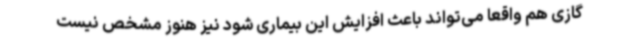
گازی هم واقعاً می‌تواند باعث افزایش این بیماری شود نیز هنوز مشخص نیست